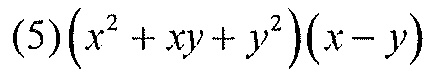
$(5)\left(x^{2}+xy + y^{2}\right)(x - y)$